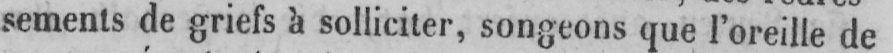
sements de griefs à solliciter, songeons que l’oreille de